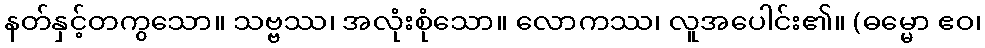
နတ်နှင့်တကွသော။ သဗ္ဗဿ၊ အလုံးစုံသော။ လောကဿ၊ လူအပေါင်း၏။ (ဓမ္မော ဧဝ၊